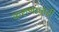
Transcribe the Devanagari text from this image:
करुणाधारी